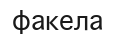
факела